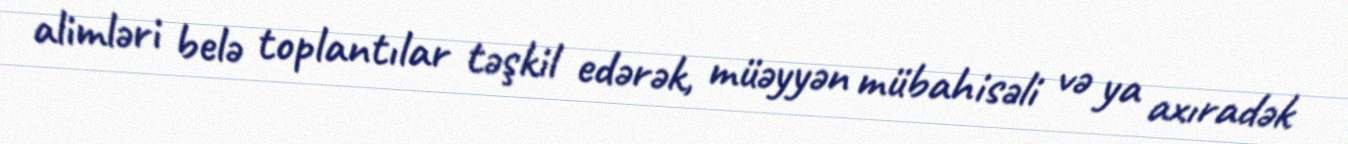
alimləri belə toplantılar təşkil edərək, müəyyən mübahisəli və ya axıradək